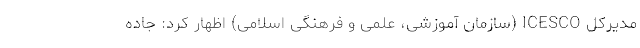
مدیرکل ICESCO (سازمان آموزشی، علمی و فرهنگی اسلامی) اظهار کرد: جاده